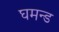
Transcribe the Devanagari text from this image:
घमन्ड